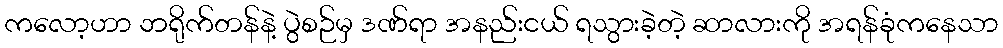
ကလော့ဟာ ဘရိုက်တန်နဲ့ ပွဲစဉ်မှ ဒဏ်ရာ အနည်းငယ် ရသွားခဲ့တဲ့ ဆာလားကို အရန်ခုံကနေသာ